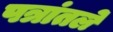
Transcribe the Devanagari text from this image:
पत्रांतले